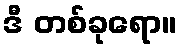
ဒီ တစ်ခုရော။